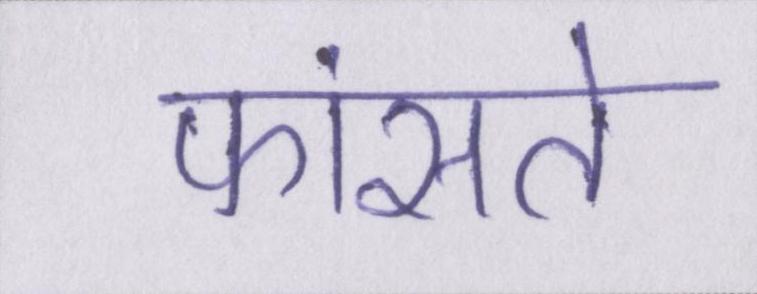
फांसते